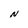
Character: N